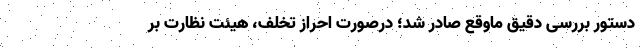
دستور بررسی دقیق ماوقع صادر شد؛ درصورت احراز تخلف، هیئت نظارت بر